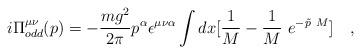
\begin{align*}i\Pi^{\mu\nu}_{odd}(p) = -\frac {mg^2}{2 \pi } p^{\alpha}\epsilon^{\mu \nu \alpha}\int dx [ \frac {1}{M} - \frac {1}{M}~e^{- \tilde p~M }] ~~~,\end{align*}